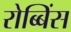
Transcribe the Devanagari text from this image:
रोब्बिंस